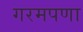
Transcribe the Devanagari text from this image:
गरमपणा